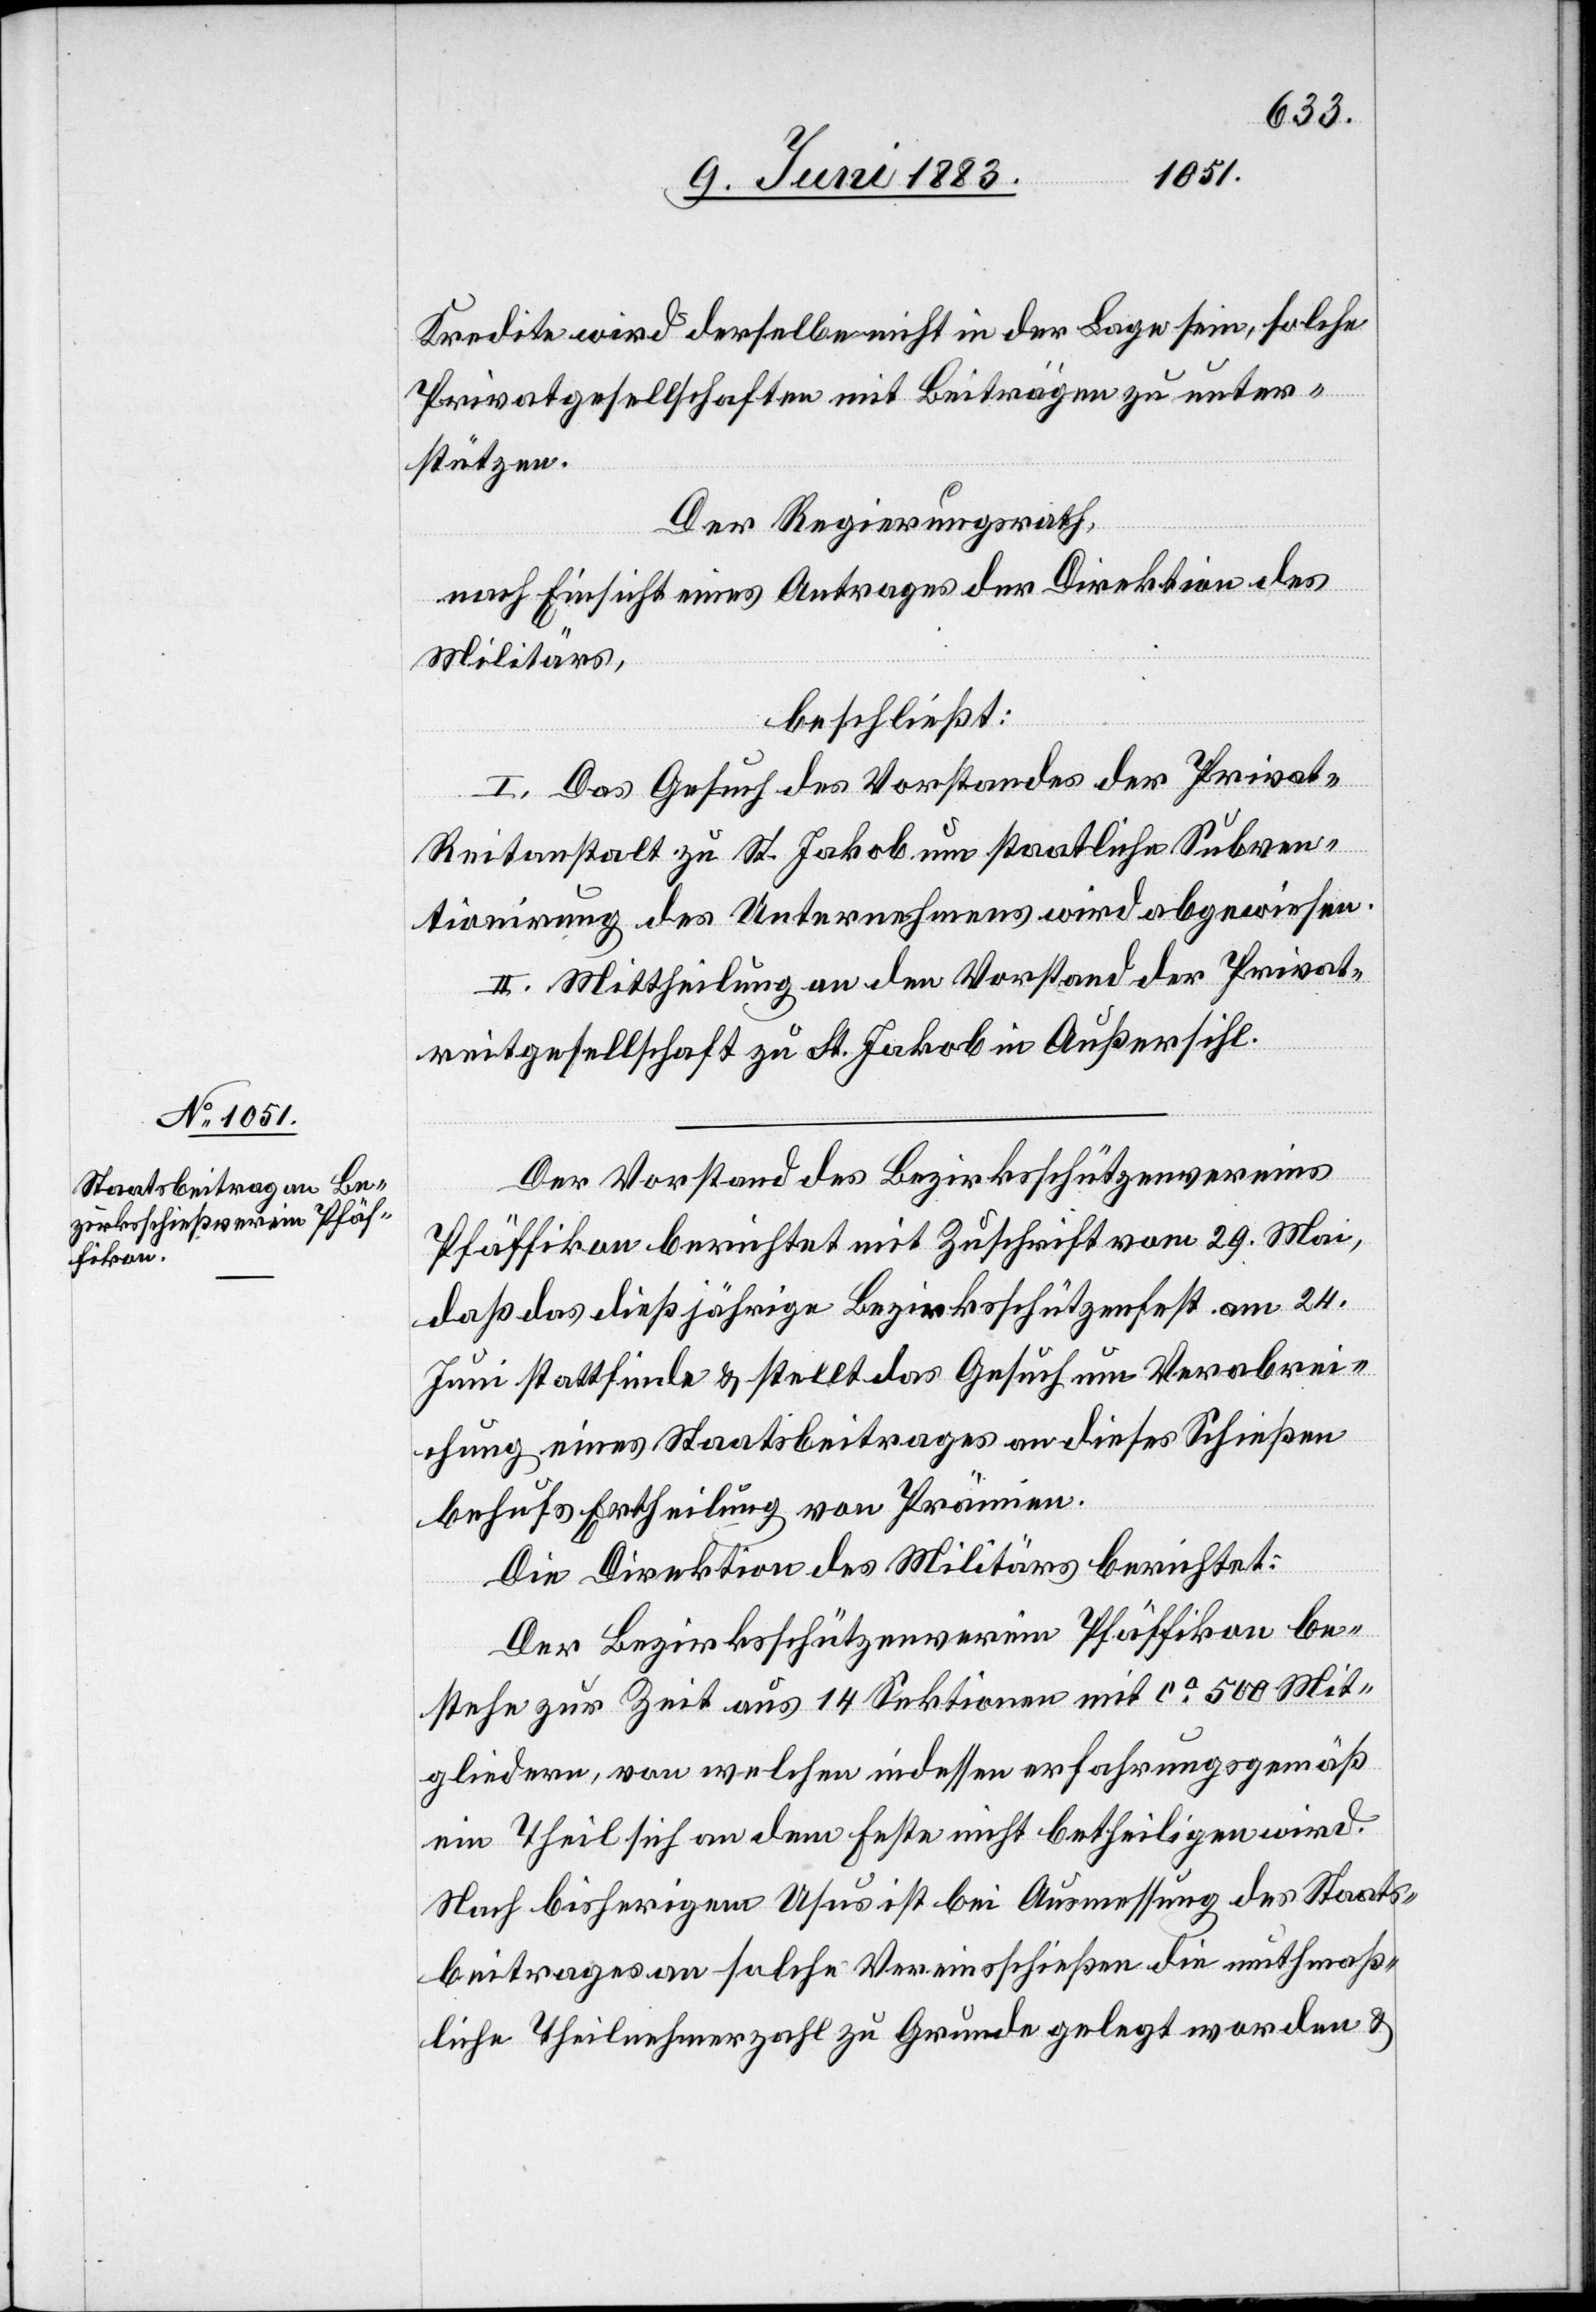
Kredite wird derselbe nicht in der Lage sein, solche
Privatgesellschaften mit Beiträgen zu unter¬
stützen.
Der Regierungsrath,
nach Einsicht eines Antrages der Direktion des
Militärs,
beschließt:
I. Das Gesuch des Vorstandes der Privat-R¬
eitanstalt zu St. Jakob um staatliche Subven¬
tionirung des Unternehmens wird abgewiesen.
II. Mittheilung an den Vorstand der Privat¬
reitgesellschaft zu St. Jakob in Außersihl.
Der Vorstand des Bezirksschützenvereins
Pfäffikon berichtet mit Zuschrift vom 29. Mai,
daß das dießjährige Bezirksschützenfest am 24.
Juni stattfinde & stellt das Gesuch um Verabrei¬
chung eines Staatsbeitrages an dieses Schießen
behufs Ertheilung von Prämien.
Die Direktion des Militärs berichtet:
Der Bezirksschützenverein Pfäffikon be¬
stehe zur Zeit aus 14 Sektionen mit ca 500 Mit¬
gliedern, von welchen indessen erfahrungsgemäß
ein Theil sich an dem Feste nicht betheiligen wird.
Nach bisherigem Usus ist bei Ausmessung des Staats¬
beitrages an solche Vereinsschießen die muthmaß¬
liche Theilnehmerzahl zu Grunde gelegt worden &